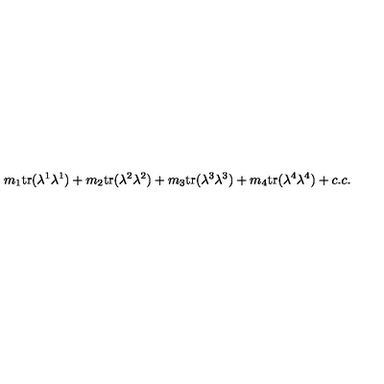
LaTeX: m _ { 1 } \mathrm { t r } ( \lambda ^ { 1 } \lambda ^ { 1 } ) + m _ { 2 } \mathrm { t r } ( \lambda ^ { 2 } \lambda ^ { 2 } ) + m _ { 3 } \mathrm { t r } ( \lambda ^ { 3 } \lambda ^ { 3 } ) + m _ { 4 } \mathrm { t r } ( \lambda ^ { 4 } \lambda ^ { 4 } ) + c . c .